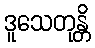
ဒူသေတုန္တိ